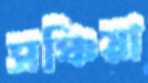
সঞ্চিয়া